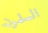
السلمون